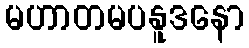
မဟာတမပနူဒနော